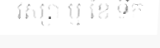
វស្សា ឬ ខែ ទឹក